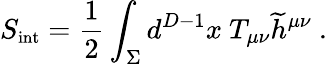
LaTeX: S_{\mathrm{{\small int}}}={\frac{1}{2}}\int_{\Sigma}d^{D-1}x~T_{\mu\nu}{\widetilde h}^{\mu\nu}~.